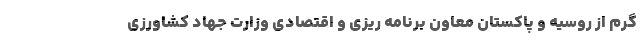
گرم از روسیه و پاکستان معاون برنامه ریزی و اقتصادی وزارت جهاد کشاورزی